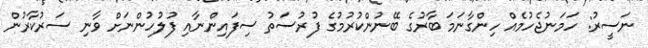
ނަސީރު: ހަމަނުޖެހުމެއް ހިންގާނަމަ ބާރުގެ ބޭނުންކުރުމުގެ ފުރުސަތު ސިފައިންނާއި ފުލުހުންނަށް ވާނި ސަރުކާރުން